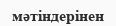
мәтіндерінен